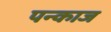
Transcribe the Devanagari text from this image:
पन्काज